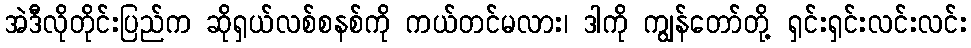
အဲဒီလိုတိုင်းပြည်က ဆိုရှယ်လစ်စနစ်ကို ကယ်တင်မလား၊ ဒါကို ကျွန်တော်တို့ ရှင်းရှင်းလင်းလင်း